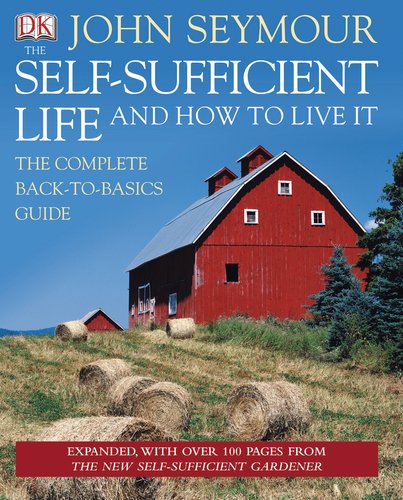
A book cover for The Self-Sufficient Life and How to Live It; John Seymour; Crafts, Hobbies & Home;